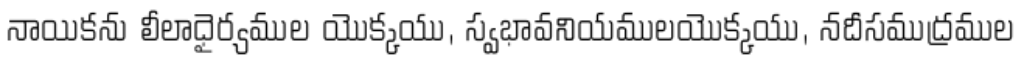
నాయికను లీలాధైర్యముల యొక్కయు, స్వభావనియములయొక్కయు, నదీసముద్రముల